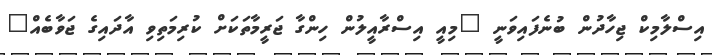
އިސްލާމިކް ޖިހާދުން ބުނެފައިވަނީ "މިއީ އިސްރާއީލުން ހިންގާ ޖަރީމާތަކަށް ކުރިމަތިވި އާދައިގެ ޖަވާބެއް"